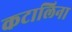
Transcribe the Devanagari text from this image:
कटालिना